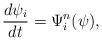
LaTeX: \begin{align*}\frac{d\psi_i}{dt}= \Psi^{n}_i(\psi), \end{align*}